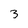
Character: 3